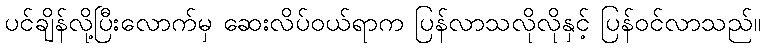
ပင်ချိန်လို့ပြီးလောက်မှ ဆေးလိပ်ဝယ်ရာက ပြန်လာသလိုလိုနှင့် ပြန်ဝင်လာသည်။